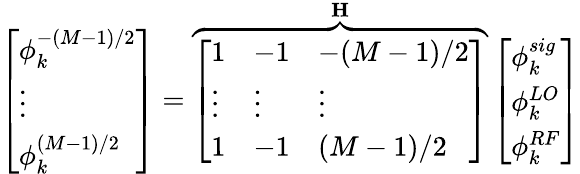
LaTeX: \left[\begin{array}{l}{\phi_{k}^{-(M-1)/2}}\\ {\vdots}\\ {\phi_{k}^{(M-1)/2}}\end{array}\right]=\overbrace{\left[\begin{array}{lll}{1}&{-1}&{-(M-1)/2}\\ {\vdots}&{\vdots}&{\vdots}\\ {1}&{-1}&{(M-1)/2}\end{array}\right]}^{\mathbf{H}}\left[\begin{array}{l}{\phi_{k}^{sig}}\\ {\phi_{k}^{LO}}\\ {\phi_{k}^{RF}}\end{array}\right]